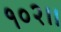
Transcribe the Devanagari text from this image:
१०२।।